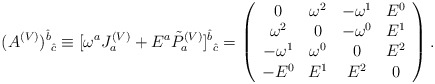
\begin{align*}(A^{(V)})^{\hat{b}}_{\mbox{ }\hat{c}}\equiv[\omega^{a}J^{(V)}_{a}+E^{a}\tilde{P}^{(V)}_{a}]^{\hat{b}}_{\mbox{ }\hat{c}}=\left( \begin{array}{cccc} 0 & \omega^{2} & -\omega^{1} & E^{0} \\ \omega^{2} & 0 & -\omega^{0} & E^{1} \\ -\omega^{1} & \omega^{0} & 0 & E^{2} \\ -E^{0} & E^{1} & E^{2} & 0 \\ \end{array}\right).\end{align*}